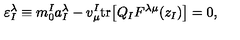
\varepsilon _ { I } ^ { \lambda } \equiv m _ { 0 } ^ { I } a _ { I } ^ { \lambda } - v _ { \mu } ^ { I } \mathrm { t r } \bigl [ Q _ { I } F ^ { \lambda \mu } ( z _ { I } ) \bigr ] = 0 ,